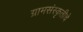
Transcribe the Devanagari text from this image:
ग्रामसंस्कृतीचे